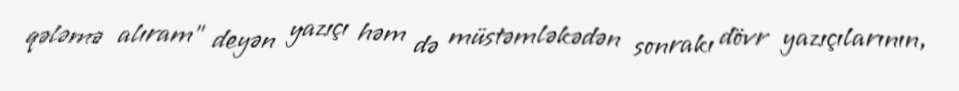
qələmə alıram” deyən yazıçı həm də müstəmləkədən sonrakı dövr yazıçılarının,